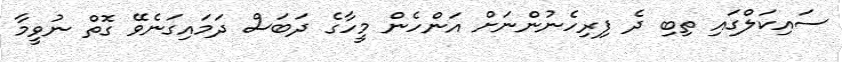
ސައިކަލްގައި ތިބި ދެ ފިރިހެނުންނަށް އަންހެން މީހާގެ ދަބަސް ދަމައިގަނެވޭ ގޮތް ނުވީމާ